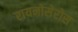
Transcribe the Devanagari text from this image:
रायनोसेरोस